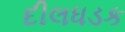
દીલધડક